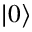
| 0 \rangle